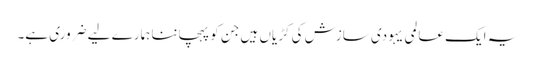
یہ ایک عالمی یہودی سازش کی کڑیاں ہیں جن کو پہچاننا ہمارے لیے ضروری ہے۔